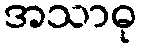
အသာဓု